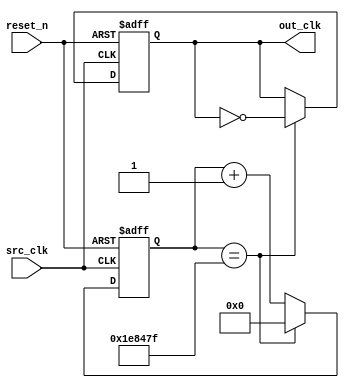
module clock_div_2hz(
		     input  src_clk,
		     input reset_n,
		     output out_clk
);

   parameter divide_by = 2_000_000;
	
   reg [23:0] 		    divide_counter = 0;
   reg 			    tmp_clk = 0;
   
   always @(posedge src_clk or negedge reset_n)
     begin
	if (reset_n == 0)
	  begin
	     tmp_clk <= 0;
	     divide_counter <= 0;
	  end
	
	else if(divide_counter == divide_by - 1)
	  begin
	     divide_counter <= 0;
	     tmp_clk <= ~tmp_clk;
	  end
	else
	  divide_counter <= divide_counter + 1;
     end

   assign out_clk = tmp_clk;
   
   
endmodule // clock_div_1hz